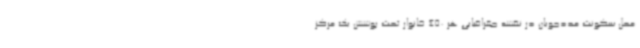
محل سکونت مددجویان در نقشه جغرافیایی هر 450 خانوار تحت پوشش یک‌ مرکز